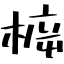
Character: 𣔳